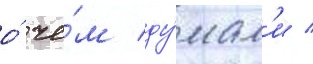
о́ че́м ду́мал'и /